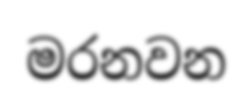
මරනවන